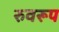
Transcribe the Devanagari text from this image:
रुवरूप